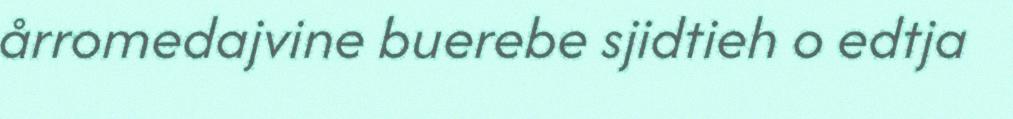
årromedajvine buerebe sjidtieh o edtja